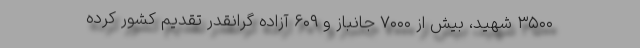
۳۵۰۰ شهید، بیش از ۷۰۰۰ جانباز و ۶۰۹ آزاده گرانقدر تقدیم کشور کرده